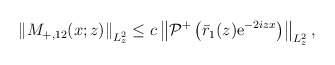
\begin{align*}\begin{aligned}\left\|M_{+,12}(x ; z)\right\|_{L_{ z}^{2}} \leq c \left\|\mathcal{P}^+\left(\bar{r}_1(z) \mathrm{e}^{-2iz x}\right)\right\|_{L_{z}^2},\end{aligned}\end{align*}